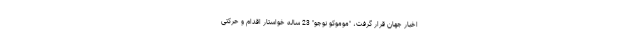
اخبار جهان قرار گرفت، "موموکو نوجو" 23 ساله خواستار اقدام و حرکتی